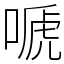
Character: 嗁